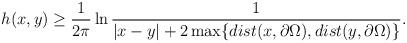
LaTeX: \begin{align*}h(x,y) \ge \frac{1}{2\pi}\ln\frac{1}{|x-y|+2\max \{ dist(x,\partial \Omega),dist(y,\partial \Omega) \} }.\end{align*}